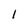
Character: l